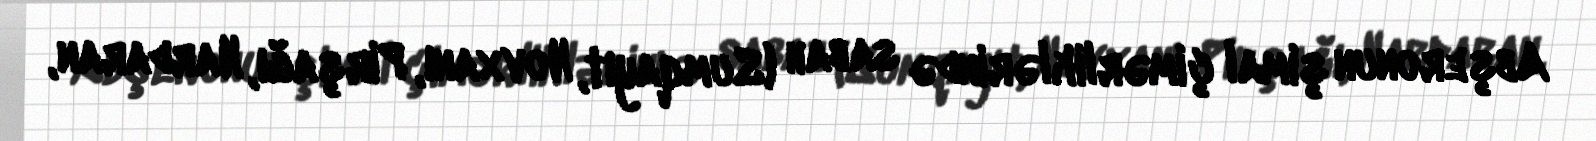
Abşeronun şimal çimərliklərində sabah (Sumqayıt, Novxanı, Pirşağı, Nardaran,